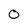
Character: 0